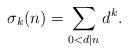
LaTeX: \begin{align*} \sigma_{k}(n) = \sum_{0<d|n}d^{k}. \end{align*}